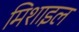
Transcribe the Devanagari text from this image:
मिशाइल